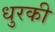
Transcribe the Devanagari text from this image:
धुरकी